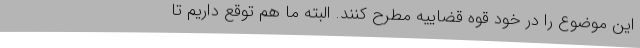
این موضوع را در خود قوه قضاییه مطرح کنند. البته ما هم توقع داریم تا